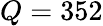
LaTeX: Q=352